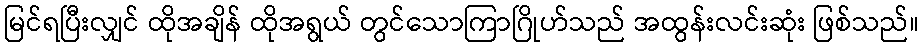
မြင်ရပြီးလျှင် ထိုအချိန် ထိုအရွယ် တွင်သောကြာဂြိုဟ်သည် အထွန်းလင်းဆုံး ဖြစ်သည်။